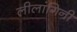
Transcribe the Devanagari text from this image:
लीलांगिनी